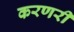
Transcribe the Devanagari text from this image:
करणरी